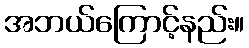
အဘယ်ကြောင့်နည်း။